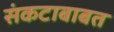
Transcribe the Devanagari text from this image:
संकटाबाबत